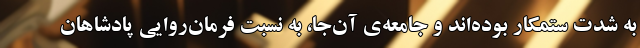
به شدت ستمکار بوده‌اند و جامعه‌ی آن‌جا، به نسبتِ فرمان‌رواییِ پادشاهان